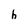
Character: h